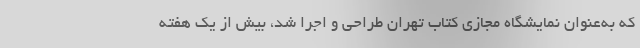
که به‌عنوان نمایشگاه مجازی کتاب تهران طراحی و اجرا شد، بیش از یک هفته‌